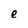
Character: e